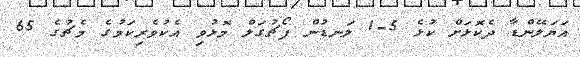
އަޔަލޭންޑާ ދެކޮޅަށް ކުޅެ 5-1 ލަނޑުން ޕޯޗުގަލް މޮޅުވި އެކުވެރިކަމުގެ މެޗުގެ 65